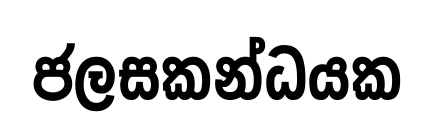
ජලසකන්ධයක